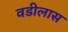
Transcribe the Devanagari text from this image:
वडीलास